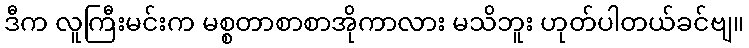
ဒီက လူကြီးမင်းက မစ္စတာစာစာအိုကာလား မသိဘူး ဟုတ်ပါတယ်ခင်ဗျ။